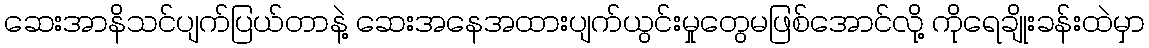
ဆေးအာနိသင်ပျက်ပြယ်တာနဲ့ ဆေးအနေအထားပျက်ယွင်းမှုတွေမဖြစ်အောင်လို့ ကိုရေချိုးခန်းထဲမှာ